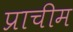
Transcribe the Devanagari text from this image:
प्राचीम